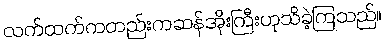
လက်ထက်ကတည်းကဆန်အိုးကြီးဟုသိခဲ့ကြသည်။